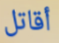
أقاتل